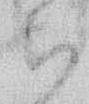
ち